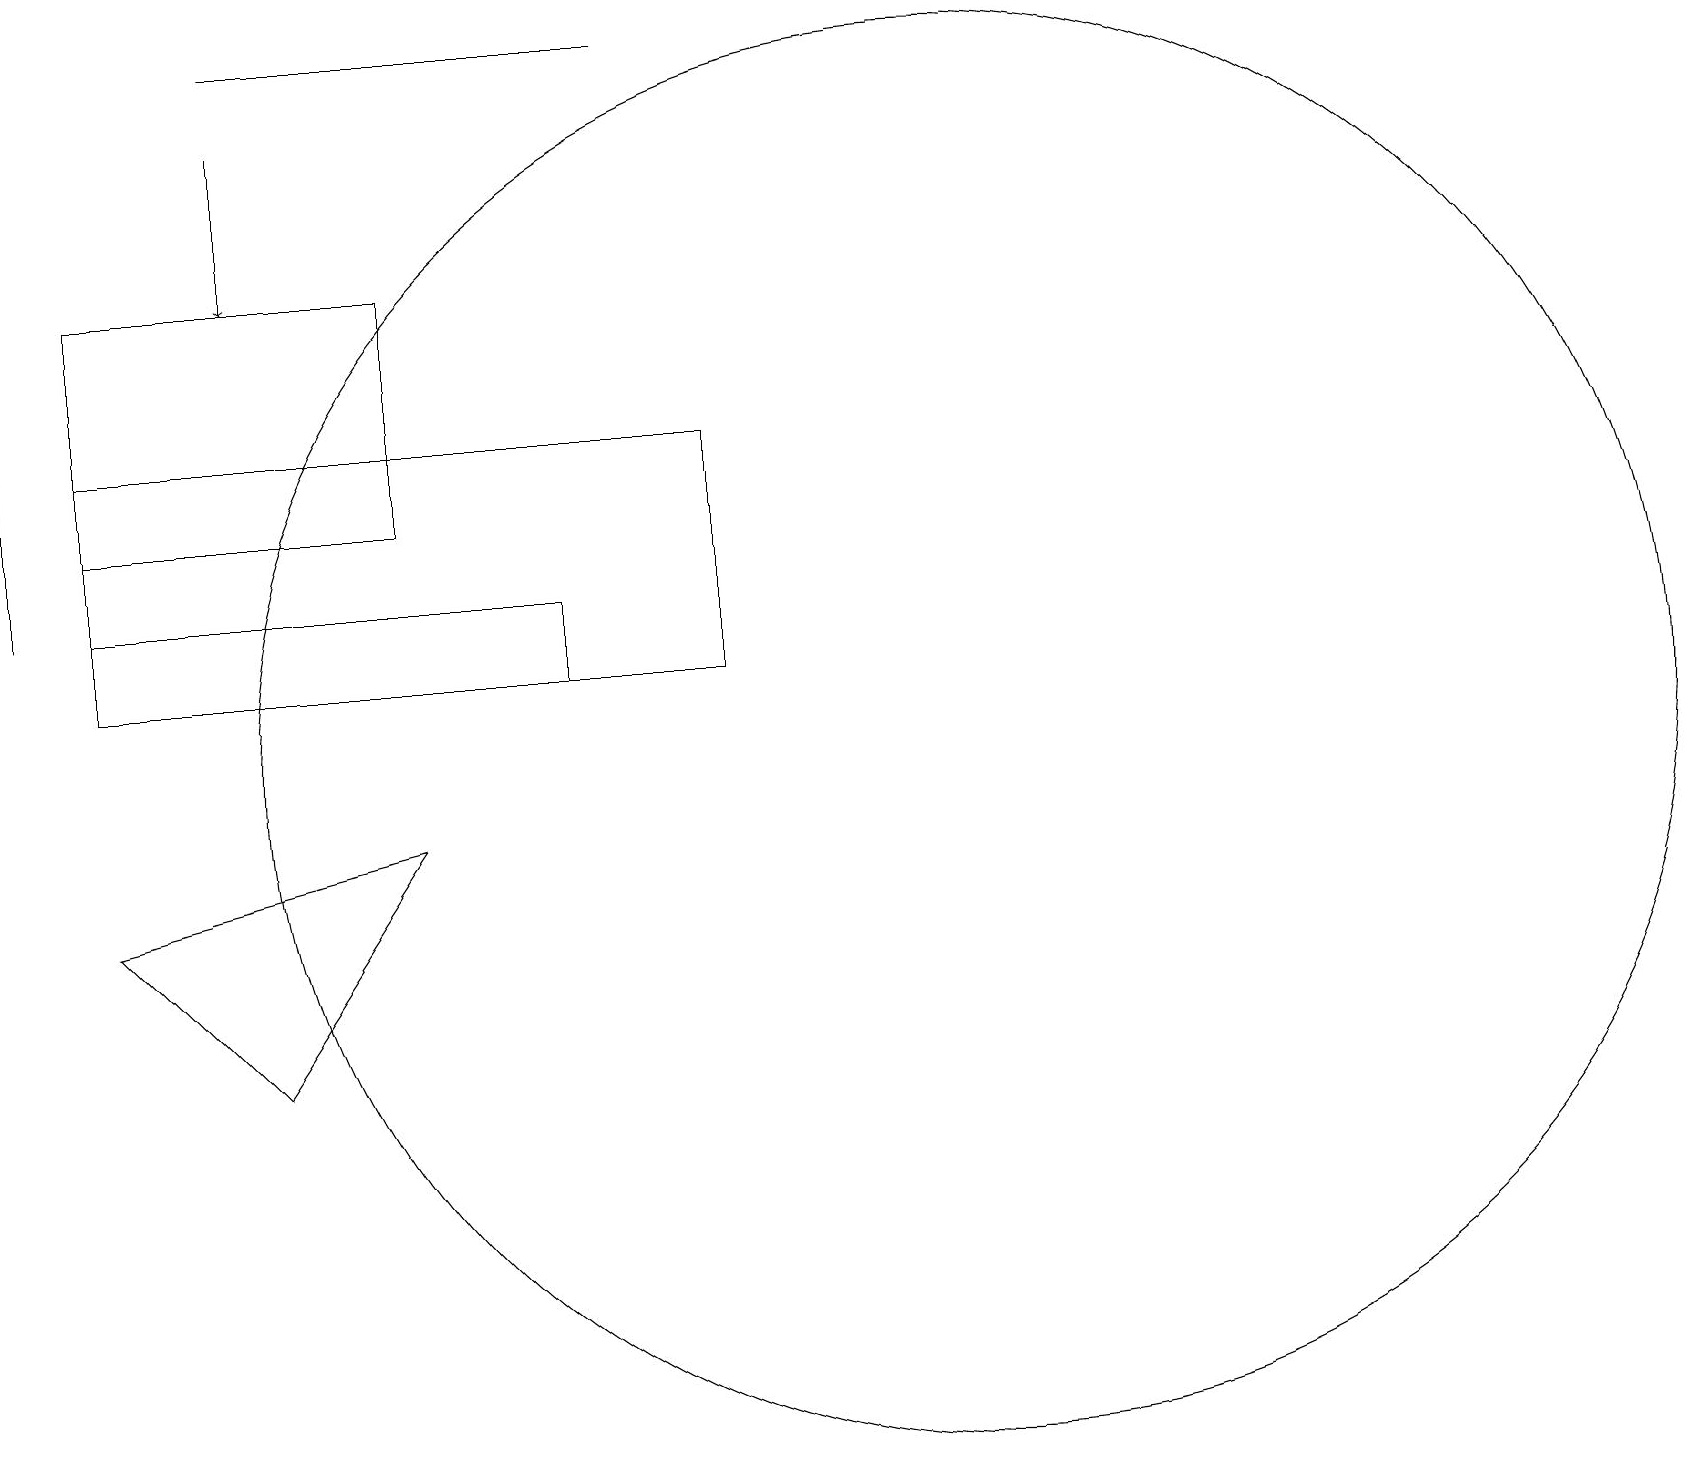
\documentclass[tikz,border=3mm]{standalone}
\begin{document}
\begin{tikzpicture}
\draw (8,19) rectangle (3,19);
\draw (12,10) circle (9);
\draw (3,6) -- (5,9) -- (1,8) -- cycle;
\draw (1,11) rectangle (7,12);
\draw (9,14) rectangle (1,11);
\draw (0,12) rectangle (0,16);
\draw[->] (3,18) -- (3,16);
\draw (1,13) rectangle (5,16);
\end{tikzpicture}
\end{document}